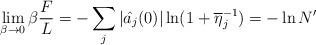
LaTeX: \begin{align*}\lim_{\beta\rightarrow 0}\beta \frac{F}{L}=-\sum_j|\hat{a_j}(0)|\ln(1+\overline{\eta}_j^{-1})=-\ln N'\end{align*}